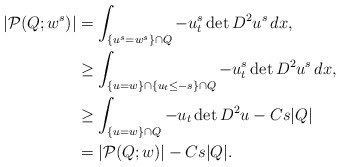
\begin{align*}|\mathcal{P}(Q; w^s)| &= \int_{\{ u^s = w^s \}\cap Q} - u^s_t \det D^2 u^s \,dx,\\&\geq \int_{\{ u = w \}\cap \left\{u_{t}\leq -s\right\}\cap Q} - u^s_t \det D^2 u^s \,dx,\\&\geq \int_{\{ u=w\}\cap Q}-u_{t}\det D^{2}u-Cs|Q|\\&=|\mathcal{P}(Q; w)|-Cs|Q|. \end{align*}